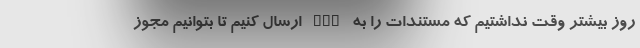
روز بیشتر وقت نداشتیم که مستندات را به AFC ارسال کنیم تا بتوانیم مجوز